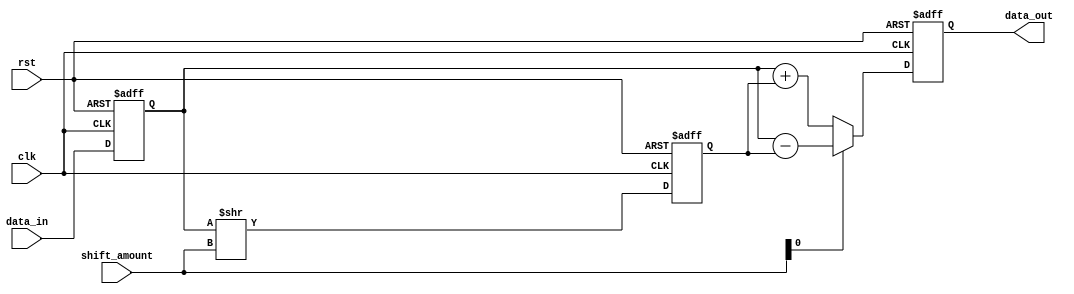
module fixed_point_shift_register (
    input wire clk,
    input wire rst,
    input wire [15:0] data_in,
    input wire [3:0] shift_amount,
    output reg [15:0] data_out
);

reg [15:0] input_reg;
reg [15:0] shift_reg;
reg [15:0] output_reg;

always @ (posedge clk or posedge rst) begin
    if (rst) begin
        input_reg <= 16'h0000;
        shift_reg <= 16'h0000;
        output_reg <= 16'h0000;
    end else begin
        input_reg <= data_in;
        shift_reg <= input_reg >> shift_amount;
        if (shift_amount[0] == 1) begin
            output_reg <= input_reg - shift_reg;
        end else begin
            output_reg <= input_reg + shift_reg;
        end
    end
end

assign data_out = output_reg;

endmodule